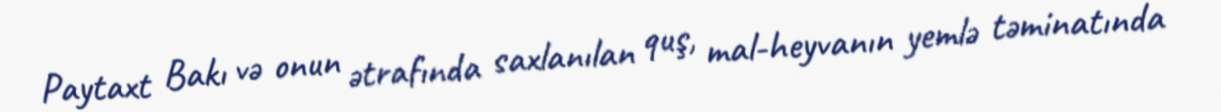
Paytaxt Bakı və onun ətrafında saxlanılan quş, mal-heyvanın yemlə təminatında